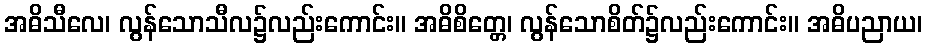
အဓိသီလေ၊ လွန်သောသီလ၌လည်းကောင်း။ အဓိစိတ္တေ၊ လွန်သောစိတ်၌လည်းကောင်း။ အဓိပညာယ၊